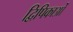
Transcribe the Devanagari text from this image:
द्विपिकाओं